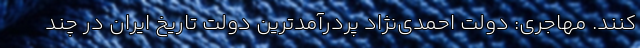
کنند. مهاجری: دولت احمدی‌نژاد پردرآمدترین دولت تاریخ ایران در چند